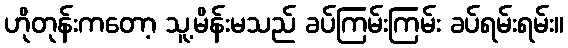
ဟိုတုန်းကတော့ သူ့မိန်းမသည် ခပ်ကြမ်းကြမ်း ခပ်ရမ်းရမ်း။